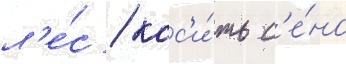
л'е́с / кос'и́ть с'е́но